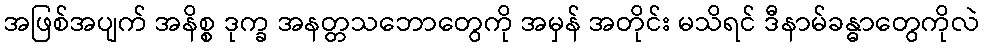
အဖြစ်အပျက် အနိစ္စ ဒုက္ခ အနတ္တသဘောတွေကို အမှန် အတိုင်း မသိရင် ဒီနာမ်ခန္ဓာတွေကိုလဲ